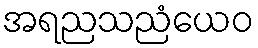
အရညသညံယေဝ